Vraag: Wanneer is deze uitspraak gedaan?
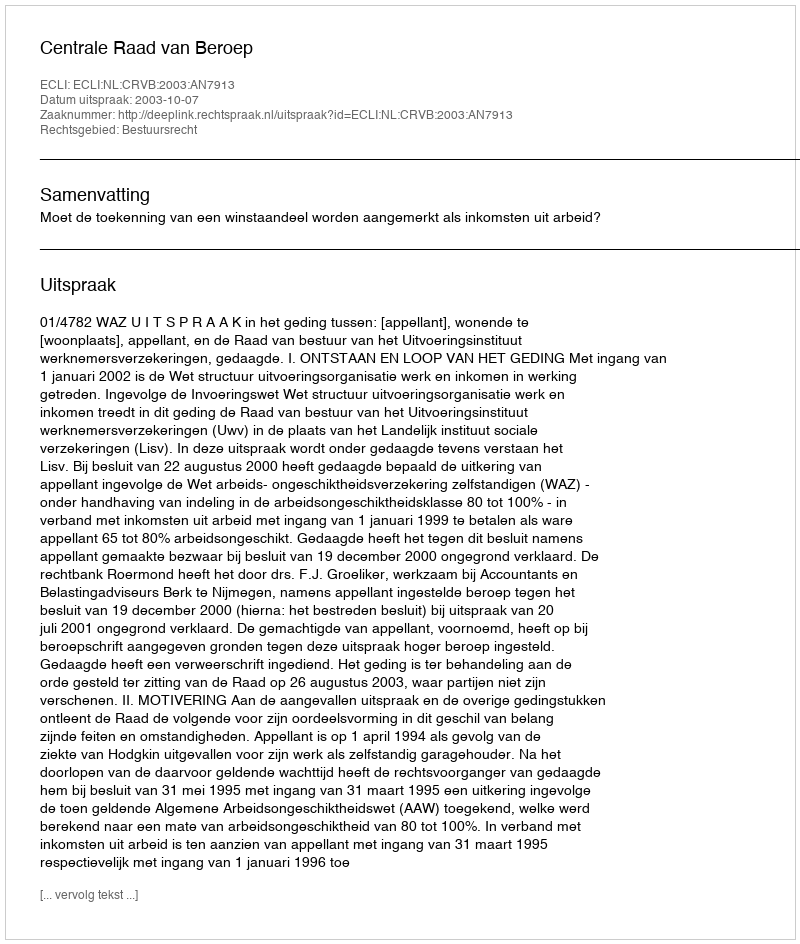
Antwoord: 2003-10-07